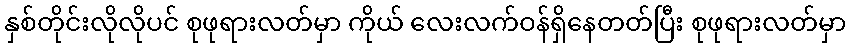
နှစ်တိုင်းလိုလိုပင် စုဖုရားလတ်မှာ ကိုယ် လေးလက်ဝန်ရှိနေတတ်ပြီး စုဖုရားလတ်မှာ